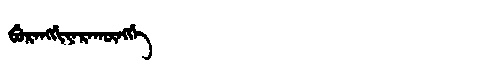
Manchu: ᠪᡠᡵᠠᠩᡤᡳᠶᠠᡵᠠᡴᡡᠩᡤᡝ
Romanization: BURANGGIYARAKŪNGGE